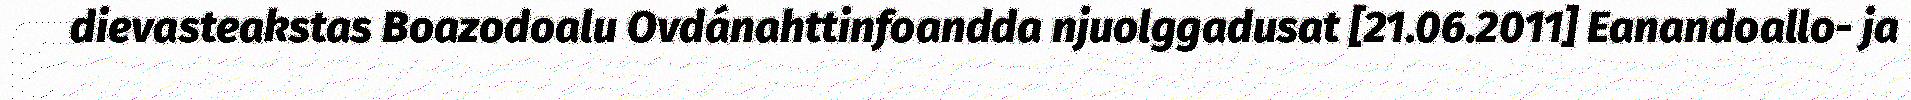
dievasteakstas Boazodoalu Ovdánahttinfoandda njuolggadusat [21.06.2011] Eanandoallo- ja